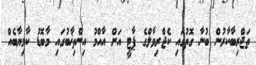
ތަޖްރިބާކާރުން ބުނާ ގޮތުގައި ކެޖްރިވާލްގެ ޕާޓީ އަށް އާއްމު އިންތިޚާބުގައި މާބޮޑު ކާމިޔާބެއް